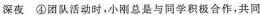
深夜 ④团队活动时，小刚总是与同学积极合作，共同